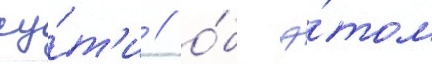
су́т'и / о́б э́том